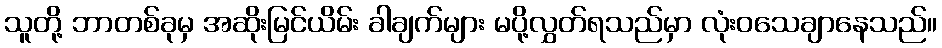
သူတို့ ဘာတစ်ခုမှ အဆိုးမြင်ယိမ်း ခါချက်များ မပို့လွှတ်ရသည်မှာ လုံးဝသေချာနေသည်။